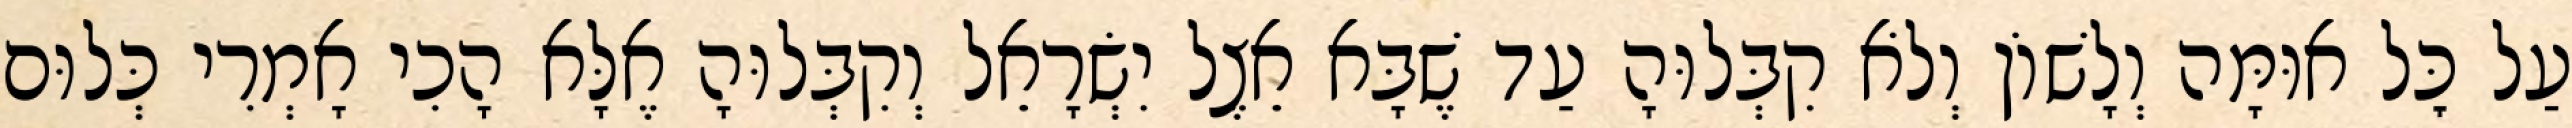
עַל כׇּל אוּמָּה וְלָשׁוֹן וְלֹא קִבְּלוּהָ עַד שֶׁבָּא אֵצֶל יִשְׂרָאֵל וְקִבְּלוּהָ אֶלָּא הָכִי אָמְרִי כְּלוּם